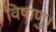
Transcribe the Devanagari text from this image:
विषाणु।